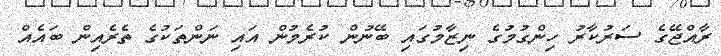
ރާއްޖޭގެ ސަރުކާރު ހިންގުމުގެ ނިޒާމުގައި ބޭނުން ކުރެމުން އައި ނަންތަކުގެ ތެރެއިން ބައެއް